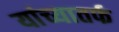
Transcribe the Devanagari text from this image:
यांच्यातर्फ